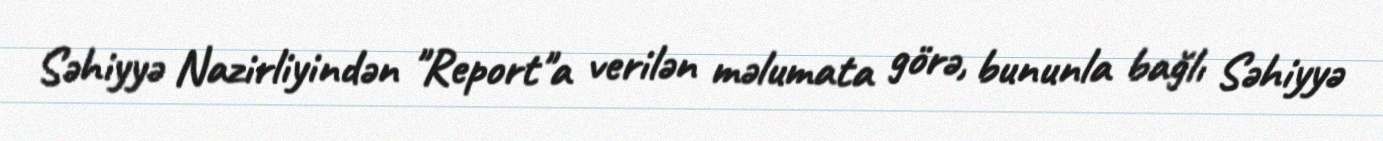
Səhiyyə Nazirliyindən "Report"a verilən məlumata görə, bununla bağlı Səhiyyə